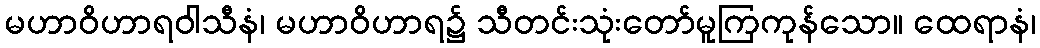
မဟာဝိဟာရဝါသီနံ၊ မဟာဝိဟာရ၌ သီတင်းသုံးတော်မူကြကုန်သော။ ထေရာနံ၊